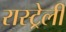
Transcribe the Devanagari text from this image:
रास्ट्रेली